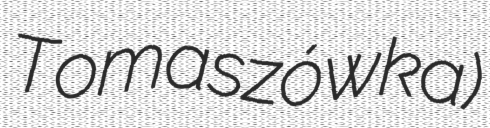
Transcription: Tomaszówka)